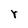
Character: r